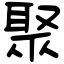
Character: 聚